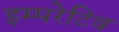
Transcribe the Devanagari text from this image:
इम्परेटिव